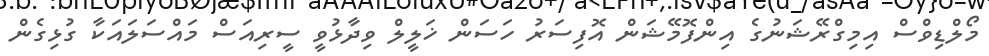
މޯލްޑިވްސް އިމިގްރޭޝަނުގެ އިންފޮމޭޝަން އޮފިސަރު ހަސަން ޚަލީލް ވިދާޅުވީ ސީރިއަސް މައްސަލައަކާ ގުޅިގެން